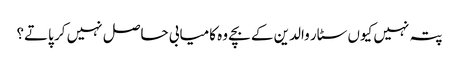
پتہ نہیں کیوں سٹار والدین کے بچے وہ کامیابی حاصل نہیں کر پاتے؟